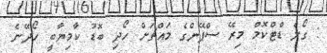
: ގޯލް ޑްޓްކޮމް މިރޭ ސްޕޭންގެ މައްޗަށް ހޯދި ބޮޑު ކާމިޔާބީ ހޯދޭނެ